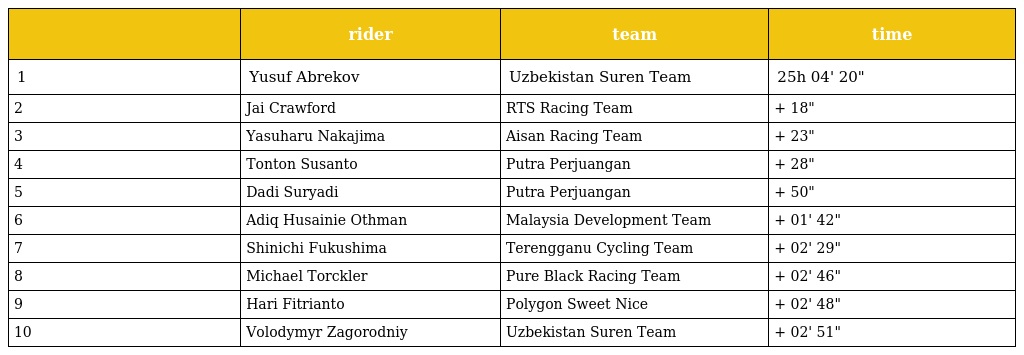
|  | rider | team | time |
 | --- | --- | --- | --- |
 | 1 | Yusuf Abrekov | Uzbekistan Suren Team | 25h 04' 20" |
 | 2 | Jai Crawford | RTS Racing Team | + 18" |
 | 3 | Yasuharu Nakajima | Aisan Racing Team | + 23" |
 | 4 | Tonton Susanto | Putra Perjuangan | + 28" |
 | 5 | Dadi Suryadi | Putra Perjuangan | + 50" |
 | 6 | Adiq Husainie Othman | Malaysia Development Team | + 01' 42" |
 | 7 | Shinichi Fukushima | Terengganu Cycling Team | + 02' 29" |
 | 8 | Michael Torckler | Pure Black Racing Team | + 02' 46" |
 | 9 | Hari Fitrianto | Polygon Sweet Nice | + 02' 48" |
 | 10 | Volodymyr Zagorodniy | Uzbekistan Suren Team | + 02' 51" |